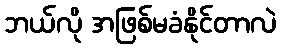
ဘယ်လို အဖြစ်မခံနိုင်တာလဲ